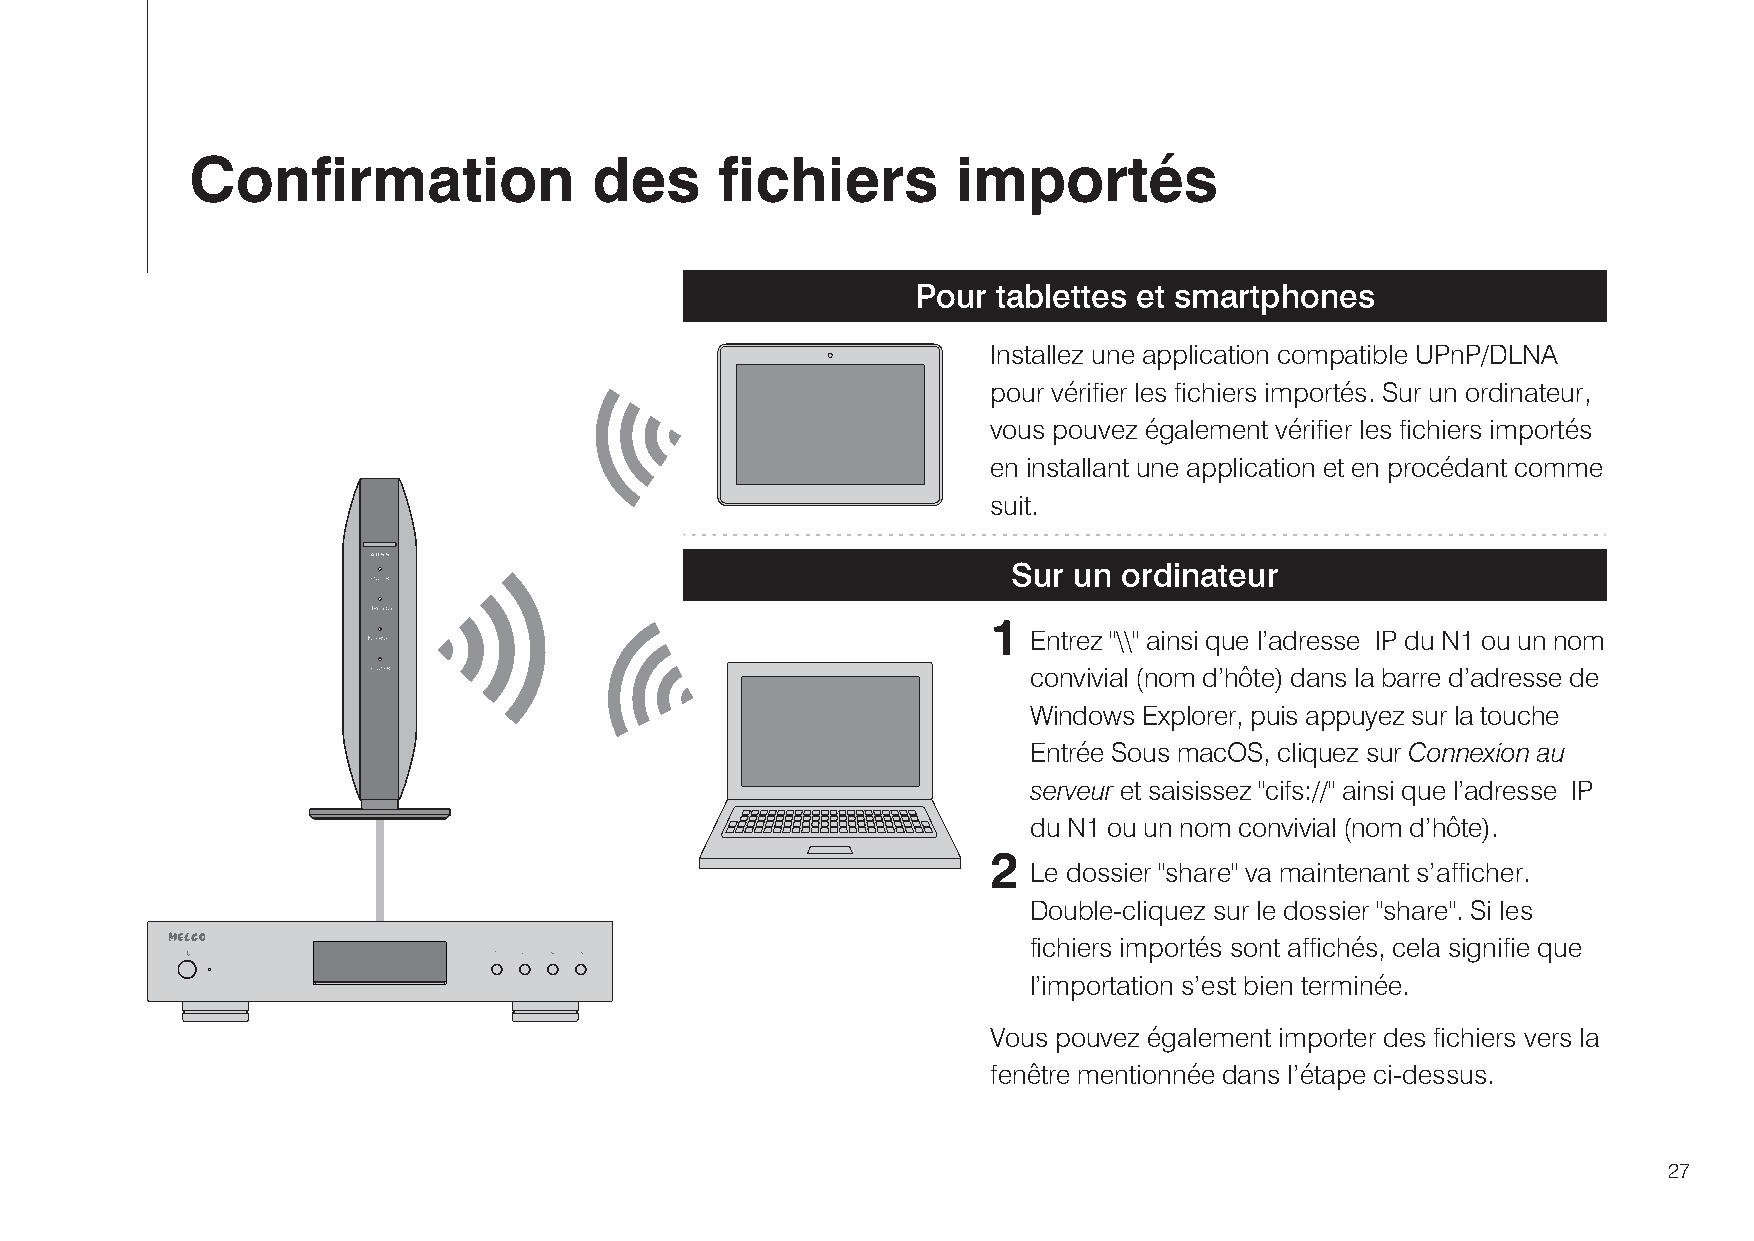
Confirmation              des      fichiers       importés
 Pour tablettes et smartphones
 Installez une application compatible UPnP/DLNA
 pour vérifier les fichiers importés. Sur un ordinateur,
 vous pouvez également vérifier les fichiers importés
 en installant une application et en procédant comme
 suit.
 Sur un ordinateur
 1
 Entrez "\\" ainsi que l’adresse IP du N1 ou un nom
 convivial (nom d’hôte) dans la barre d’adresse de
 Windows Explorer, puis appuyez sur la touche
 Entrée Sous macOS, cliquez sur Connexion au
 serveur et saisissez "cifs://" ainsi que l’adresse IP
 du N1 ou un nom convivial (nom d’hôte).
 2
 Le dossier "share" va maintenant s’afficher.
 Double-cliquez sur le dossier "share". Si les
 fichiers importés sont affichés, cela signifie que
 l’importation s’est bien terminée.
 Vous pouvez également importer des fichiers vers la
 fenêtre mentionnée dans l’étape ci-dessus.
 27